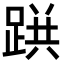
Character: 𨂚